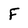
Character: F